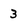
Character: 3